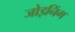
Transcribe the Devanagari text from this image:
जोइनिंग